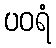
ပဝရံ